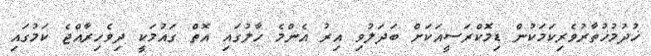
ޚުދުމުޚުތާރުވެރިކަމަކުން ޑިމޮކްރަސީއަކަށް ބަދަލުވި އިރު އެންމެ ހާލުގައި އޮތް ގައުމަކީ ދިވެހިރާއްޖެ ކަމުގައި